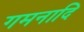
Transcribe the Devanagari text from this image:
गमनादि